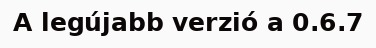
A legújabb verzió a 0.6.7